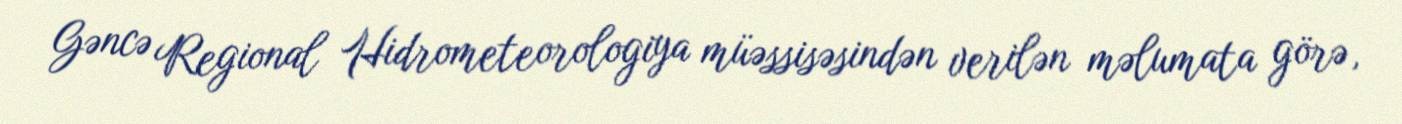
Gəncə Regional Hidrometeorologiya müəssisəsindən verilən məlumata görə,